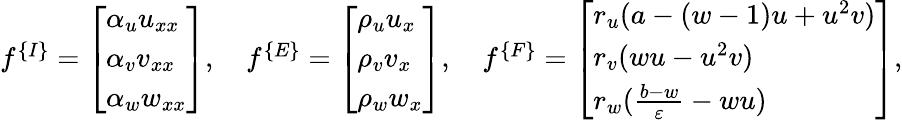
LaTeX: \begin{array}{r}{f^{\{ I\} }=\left[\begin{array}{l}{\alpha_{u}u_{xx}}\\ {\alpha_{v}v_{xx}}\\ {\alpha_{w}w_{xx}}\end{array}\right],\quad f^{\{ E\} }=\left[\begin{array}{l}{\rho_{u}u_{x}}\\ {\rho_{v}v_{x}}\\ {\rho_{w}w_{x}}\end{array}\right],\quad f^{\{ F\} }=\left[\begin{array}{l}{r_{u}(a-(w-1)u+u^{2}v)}\\ {r_{v}(wu-u^{2}v)}\\ {r_{w}(\frac{b-w}{\varepsilon}-wu)}\end{array}\right],}\end{array}